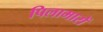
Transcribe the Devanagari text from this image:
पिलामारों